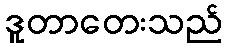
ဒူတာတေးသည်